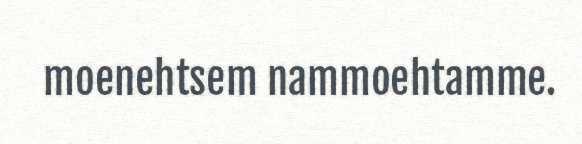
moenehtsem nammoehtamme.